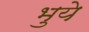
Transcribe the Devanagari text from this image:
भुये